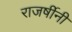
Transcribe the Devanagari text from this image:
राजर्षीनी